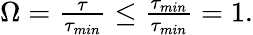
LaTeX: \begin{array}{r}{\Omega=\frac{\tau}{\tau_{min}}\leq\frac{\tau_{min}}{\tau_{min}}=1.}\end{array}